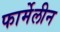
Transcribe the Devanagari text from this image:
फार्मेलीन